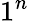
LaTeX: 1^{n}